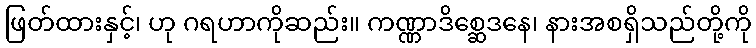
ဖြတ်ထားနှင့်၊ ဟု ဂရဟာကိုဆည်း။ ကဏ္ဏာဒိစ္ဆေဒနေ၊ နားအစရှိသည်တို့ကို